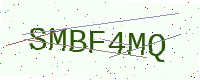
Text: SMBF4MQ